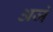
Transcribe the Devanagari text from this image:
अजं